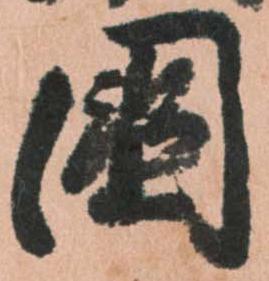
国